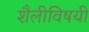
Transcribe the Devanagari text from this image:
शैलीविषयी